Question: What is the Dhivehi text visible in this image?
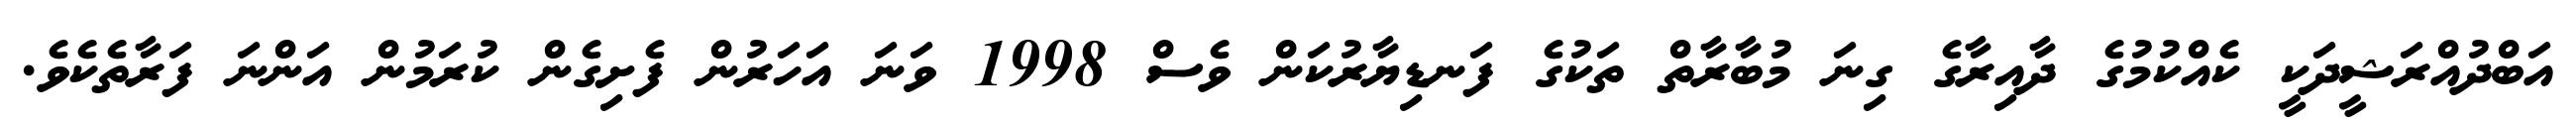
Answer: އަބްދުއްރަޝީދަކީ ކެއްކުމުގެ ދާއިރާގެ ގިނަ މުބާރާތް ތަކުގެ ފަނޑިޔާރުކަން ވެސް 1998 ވަނަ އަހަރުން ފެށިގެން ކުރަމުން އަންނަ ފަރާތެކެވެ.